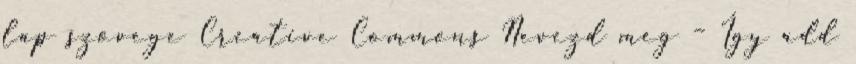
lap szövege Creative Commons Nevezd meg – Így add